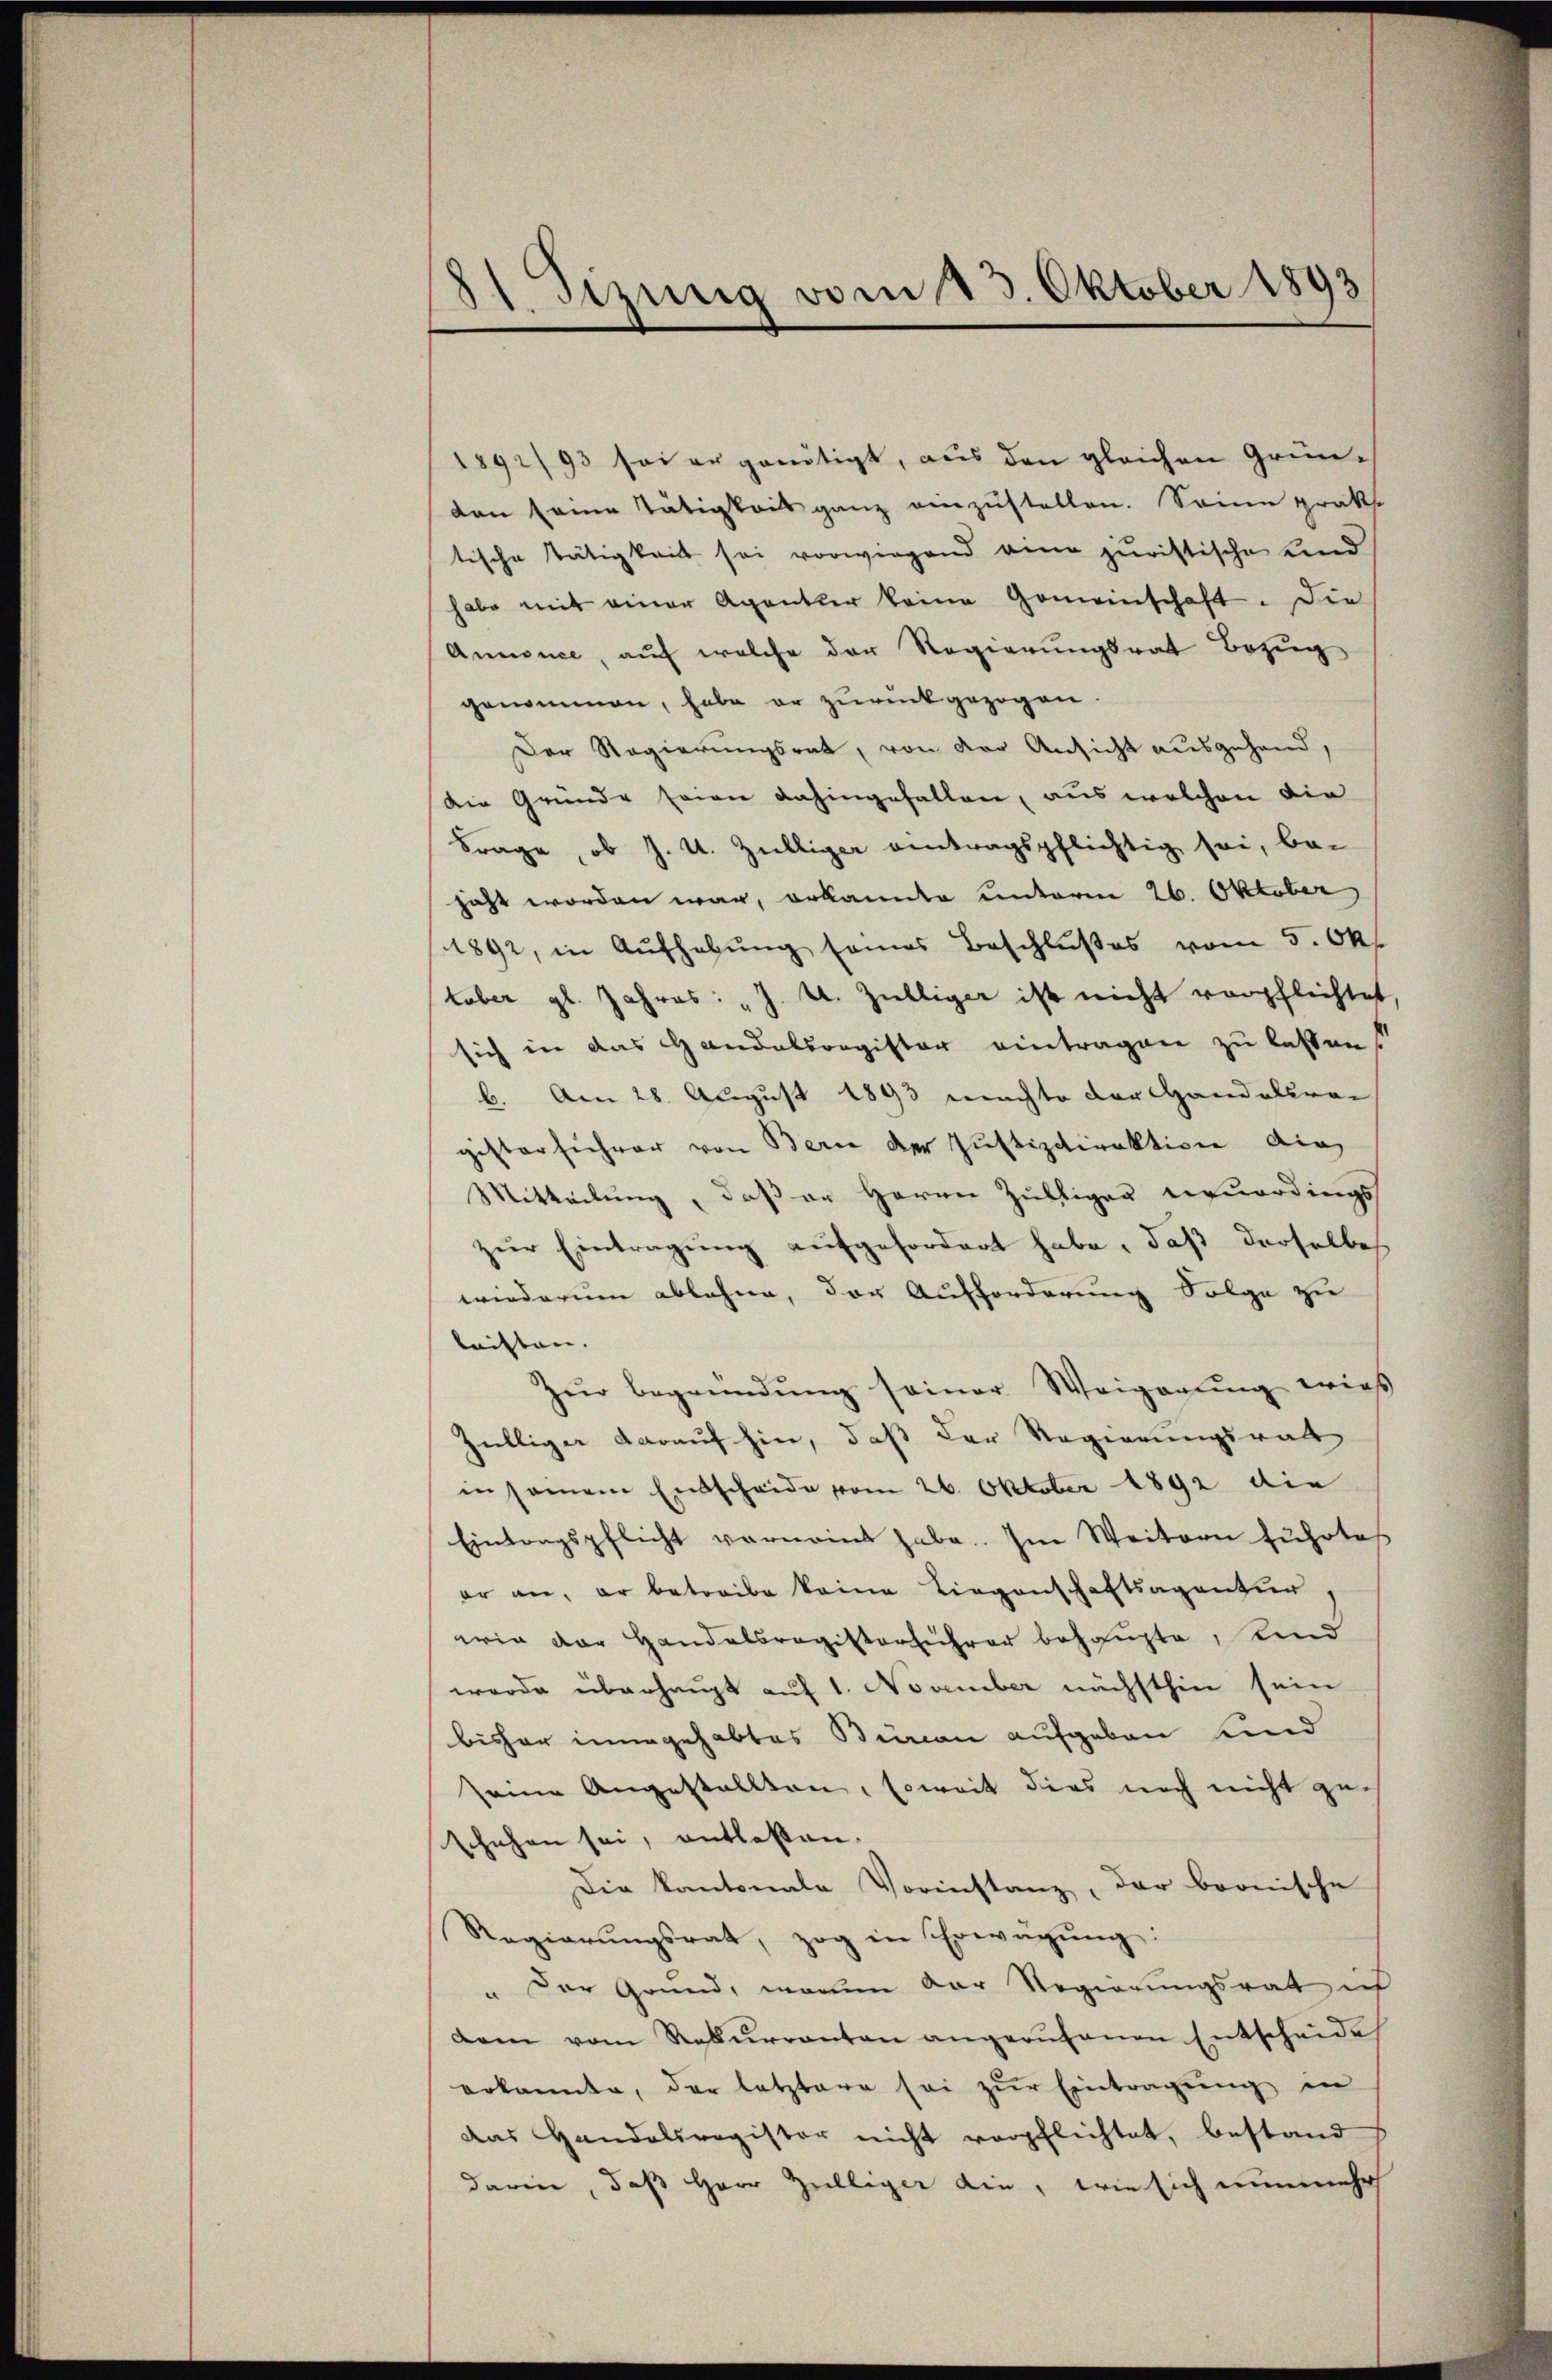
81 Sizung vom 13. Oktober 1893

1892/93 sei er genötigt, aus den gleichen Gründen seine Tätigkeit ganz einzustellen. Seine prakte
tische Tätigkeit sei vorwiegend eine juristische und
habe mit einer Agenter keine Gemeinschaft. Die
Annonce, aŭf welche der Regierungsrat Bezug
genommen, habe er zurückgezogen.
Der Regierungsrat, von der Ansicht ausgehand,
Die Gründe seien dahingefallen, aus welchen die
Frage, ob J. U. Zilliger eintragspflichtig sei, be-
jaht worden war, erkannte unterm 26. Oktober
1892, in Aŭfhebŭng seines Beschlußes vom 5. Okt
tober gl. Jahres: " J. U. Zilliger ist nicht verpflichtet,
sich in das Handelsregister eintragen zu lassen?
6. Am 28. August 1893 machte der Handelkran
gister sicher von Berne der Justizdirektion die
Mitteilung, daß er Herrn Zülliger neuerdings
zŭr Eintragŭng aŭfgefordert habe, daβ derselbes
wiederum ablehne, der Aufforderung Folge zu
leisten.
Zur Begründung seiner Weigerung wies
Zilliger darauf hin, daß der Regierungsrath
insamem Entscheide vom 26. Oktober 1892 die
Eintragspflicht vernannt habe. Im Weitern führtes
er an, er betreibe keine Liegenschaftsagentur,
wie der Handelsregistersicher behaupte, Kind
werde überhaupt auf 1. November nächsthin sein
bisher innegehabtes Bureau aufgeben und
seine Angestallten, soweit dies noch nicht ge-
schehen sei, entlaßen.
Die Kantonale Vorinstanz, der bronische
Regierŭngsrat, zog in Erwägŭng:
" Der Grund, worum der Regierungsrat ich
dam vom Rekŭrranten angerŭfenen Entscheide
erkannte, der letztere sei zŭr Eintragŭng in
das Handelsregister nicht verpflichtet, bestand
darin, daß Herr Helliger die, wie sich nunmehr